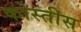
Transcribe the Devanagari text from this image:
कोस्तीस